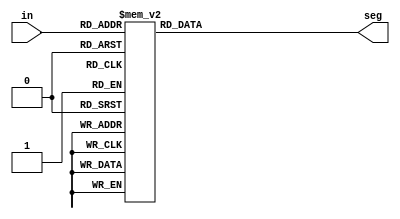
module segment7(
     in,
     seg
    );
     
     input [3:0] in;
     output reg [6:0] seg;

    always @(*)
    begin
        case (in) //case statement
4'b0000 : seg = 7'b0000001;
4'b0001 : seg = 7'b1001111;
4'b0010 : seg = 7'b0010010;
4'b0011 : seg = 7'b0000110;
4'b0100 : seg = 7'b1001100;
4'b0101 : seg = 7'b0100100;
4'b0110 : seg = 7'b0100000;
4'b0111 : seg = 7'b0001111;
4'b1000 : seg = 7'b0000000;
4'b1001 : seg = 7'b0000100;
4'b1010 : seg = 7'b0001000;
4'b1011 : seg = 7'b1100000;
4'b1100 : seg = 7'b0110001;
4'b1101 : seg = 7'b1000010;
4'b1110 : seg = 7'b0110000;
4'b1111 : seg = 7'b0111000;
        endcase
    end
    
endmodule